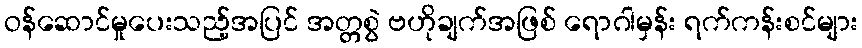
ဝန်ဆောင်မှုပေးသည့်အပြင် အတ္တစွဲ ဗဟိုချက်အဖြစ် ရောဂါမှန်း ရက်ကန်းစင်များ